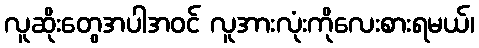
လူဆိုးတွေအပါအဝင် လူအားလုံးကိုလေးစားရမယ်၊